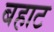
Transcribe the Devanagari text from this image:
बहाट